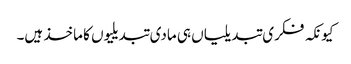
کیونکہ فکری تبدیلیاں ہی مادی تبدیلیوں کا ماخذ ہیں۔